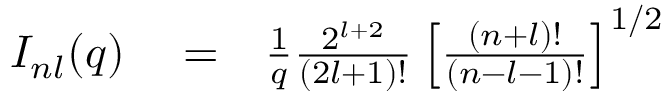
\begin{array} { r l r } { { \cal I } _ { n l } ( q ) } & { { } = } & { \frac { 1 } { q } \frac { 2 ^ { l + 2 } } { ( 2 l + 1 ) ! } \left[ \frac { ( n + l ) ! } { ( n - l - 1 ) ! } \right] ^ { 1 / 2 } } \end{array}